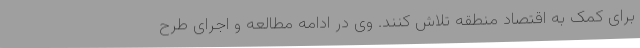
برای کمک به اقتصاد منطقه تلاش کنند. وی در ادامه مطالعه و اجرای طرح